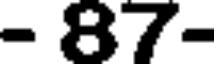
- 87-